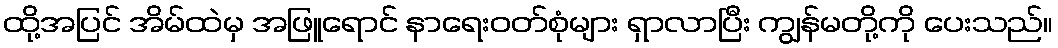
ထို့အပြင် အိမ်ထဲမှ အဖြူရောင် နာရေးဝတ်စုံများ ရှာလာပြီး ကျွန်မတို့ကို ပေးသည်။